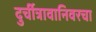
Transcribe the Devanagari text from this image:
दुर्चीत्रावानिवरचा